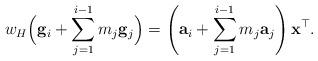
LaTeX: \begin{align*}w_H \Bigl( \mathbf{g}_i + \sum_{j=1}^{i-1} m_j \mathbf{g}_j \Bigr) &= \left( \mathbf{a}_i + \sum_{j=1}^{i-1} m_j \mathbf{a}_j \right) \mathbf{x}^\top.\end{align*}